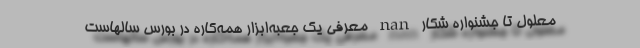
معلول تا جشنواره شکار nan معرفی یک جعبه‌ابزار همه‌کاره در بورس سالهاست